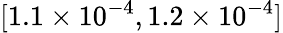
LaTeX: [1.1\times 10^{-4},1.2\times 10^{-4}]